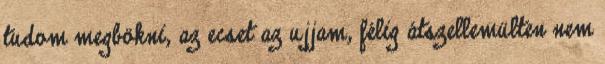
tudom megbökni, az ecset az ujjam, félig átszellemülten nem